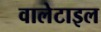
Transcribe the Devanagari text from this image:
वालेटाइल